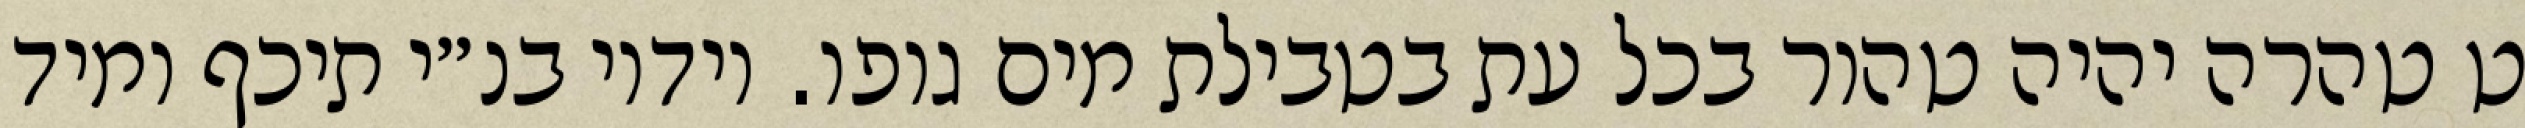
ט טהרה יהיה טהור בכל עת בטבילת מים גופו. וידיו בנ״י תיכף ומיד